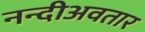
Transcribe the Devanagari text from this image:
नन्दीअवतार